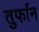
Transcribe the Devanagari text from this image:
तुर्फान